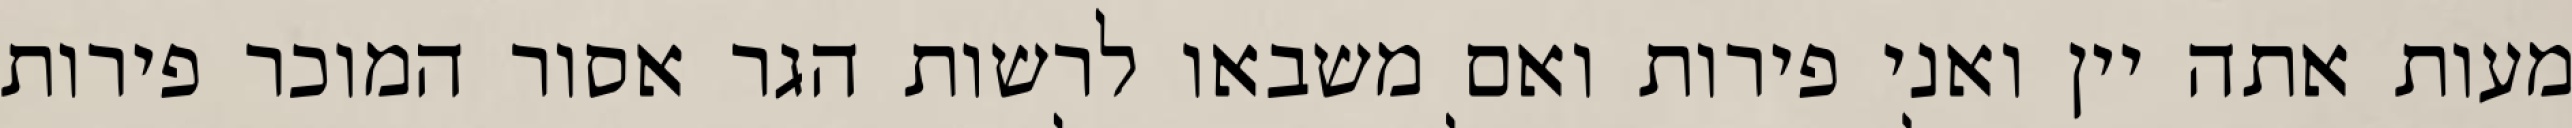
מעות אתה יין ואני פירות ואם משבאו לרשות הגר אסור המוכר פירות